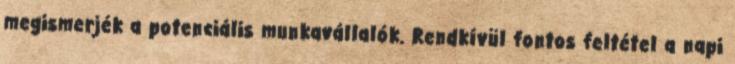
megismerjék a potenciális munkavállalók. Rendkívül fontos feltétel a napi